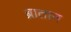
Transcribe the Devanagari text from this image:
ब्रातान